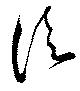
湏